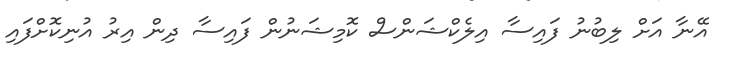
އޭނާ އަށް ލިބުނު ފައިސާ އިލެކްޝަންސް ކޮމިޝަނުން ފައިސާ ދިން އިރު އުނިކޮށްފައި